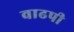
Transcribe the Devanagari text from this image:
वाढपी